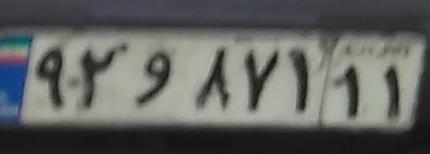
۹۲و۸۷۱۱۱